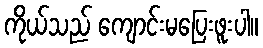
ကိုယ်သည် ကျောင်းမပြေးဖူးပါ။